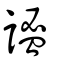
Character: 謐